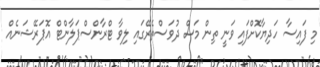
މި ފައިސާ ހަދިޔާކޮށްފައި ވަނީ ތިން މަސް ދުވަސްތެރޭގައި ލިވާ ޓްރާންސްޕަލާންޓް އޮޕަރޭޝަނެއް